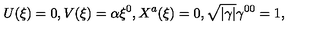
U ( \xi ) = 0 , V ( \xi ) = \alpha \xi ^ { 0 } , X ^ { a } ( \xi ) = 0 , \sqrt { | \gamma | } \gamma ^ { 0 0 } = 1 ,